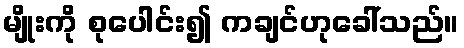
မျိုးကို စုပေါင်း၍ ကချင်ဟုခေါ်သည်။